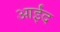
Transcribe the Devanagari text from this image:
आईंद